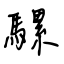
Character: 騾